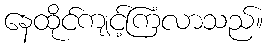
နေထိုင်ကျင့်ကြံလာသည်။